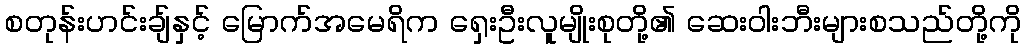
စတုန်းဟင်းချ်နှင့် မြောက်အမေရိက ရှေးဦးလူမျိုးစုတို့၏ ဆေးဝါးဘီးများစသည်တို့ကို